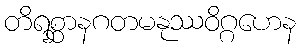
တိရစ္ဆာနဂတမနုဿဝိဂ္ဂဟေန